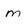
Character: m